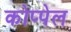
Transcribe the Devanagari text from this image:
कोप्पेल